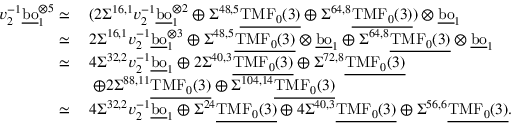
\begin{array} { r l } { v _ { 2 } ^ { - 1 } \underline { { \mathrm { b o } } } _ { 1 } ^ { \otimes { 5 } } \simeq \: } & { ( 2 \Sigma ^ { 1 6 , 1 } v _ { 2 } ^ { - 1 } \underline { { \mathrm { b o } } } _ { 1 } ^ { \otimes { 2 } } \oplus \Sigma ^ { 4 8 , 5 } \underline { { \mathrm { T M F } _ { 0 } ( 3 ) } } \oplus \Sigma ^ { 6 4 , 8 } \underline { { \mathrm { T M F } _ { 0 } ( 3 ) } } ) \otimes \underline { { \mathrm { b o } } } _ { 1 } } \\ { \simeq \: } & { 2 \Sigma ^ { 1 6 , 1 } v _ { 2 } ^ { - 1 } \underline { { \mathrm { b o } } } _ { 1 } ^ { \otimes { 3 } } \oplus \Sigma ^ { 4 8 , 5 } \underline { { \mathrm { T M F } _ { 0 } ( 3 ) } } \otimes \underline { { \mathrm { b o } } } _ { 1 } \oplus \Sigma ^ { 6 4 , 8 } \underline { { \mathrm { T M F } _ { 0 } ( 3 ) } } \otimes \underline { { \mathrm { b o } } } _ { 1 } } \\ { \simeq \: } & { 4 \Sigma ^ { 3 2 , 2 } v _ { 2 } ^ { - 1 } \underline { { \mathrm { b o } } } _ { 1 } \oplus 2 \Sigma ^ { 4 0 , 3 } \underline { { \mathrm { T M F } _ { 0 } ( 3 ) } } \oplus \Sigma ^ { 7 2 , 8 } \underline { { \mathrm { T M F } _ { 0 } ( 3 ) } } } \\ & { \: \oplus 2 \Sigma ^ { 8 8 , 1 1 } \underline { { \mathrm { T M F } _ { 0 } ( 3 ) } } \oplus \Sigma ^ { 1 0 4 , 1 4 } \underline { { \mathrm { T M F } _ { 0 } ( 3 ) } } } \\ { \simeq \: } & { 4 \Sigma ^ { 3 2 , 2 } v _ { 2 } ^ { - 1 } \underline { { \mathrm { b o } } } _ { 1 } \oplus \Sigma ^ { 2 4 } \underline { { \mathrm { T M F } _ { 0 } ( 3 ) } } \oplus 4 \Sigma ^ { 4 0 , 3 } \underline { { \mathrm { T M F } _ { 0 } ( 3 ) } } \oplus \Sigma ^ { 5 6 , 6 } \underline { { \mathrm { T M F } _ { 0 } ( 3 ) } } . } \end{array}